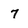
Character: 7